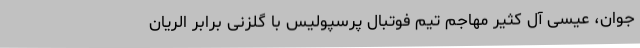
جوان، عیسی آل کثیر مهاجم تیم فوتبال پرسپولیس با گلزنی برابر الریان